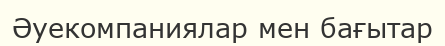
Әуекомпаниялар мен бағытар